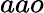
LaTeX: aao